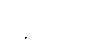
ဥဒ္ဒိဿကဋံ